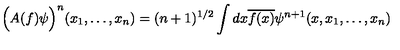
\Big ( A ( f ) \psi \Big ) ^ { n } ( x _ { 1 } , \ldots , x _ { n } ) = ( n + 1 ) ^ { 1 / 2 } \int d x \overline { { f ( x ) } } \psi ^ { n + 1 } ( x , x _ { 1 } , \ldots , x _ { n } )